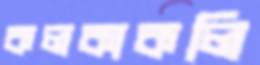
কলকাকলি